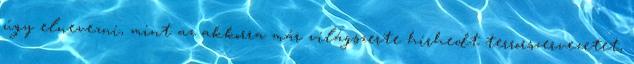
úgy elnevezni, mint az akkorra már világszerte hirhedt terrorszervezetet,